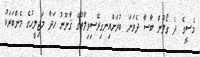
މެސީގެ ދެ ގޯލުން ބާސާ ދެވަނަ ބުރަށްއިނގިރޭސިވިލާތުގެ ޤާނޫނު ހަދާ މަޖިލީހުގެ މެންބަރަކު